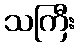
သကြီး